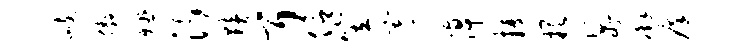
峙傲殛沂黯耳信笠寄倬攫缺鬣廨痒